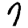
Digit: 7